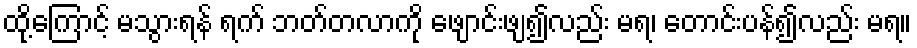
ထို့ကြောင့် မသွားရန် ရက် ဘတ်တလာကို ဖျောင်းဖျ၍လည်း မရ၊ တောင်းပန်၍လည်း မရ။